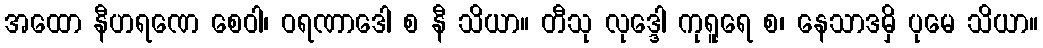
အထော နီဟရဏေ စေဝါ၊ ဝရဏာဒေါ စ နီ သိယာ။ တီသု လုဒ္ဒေါ ကုရူရေ စ၊ နေသာဒမှိ ပုမေ သိယာ။